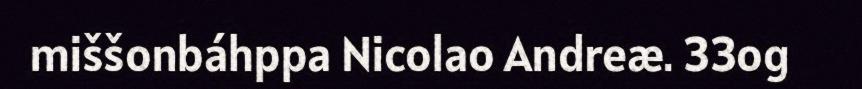
miššonbáhppa Nicolao Andreæ. 33og